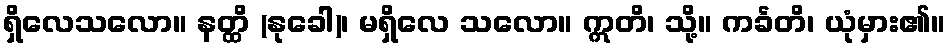
ရှိလေသလော။ နတ္ထိ (နုခေါ)၊ မရှိလေ သလော။ ဣတိ၊ သို့။ ကင်္ခတိ၊ ယုံမှား၏။